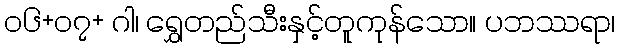
၀၆+၀၇+ ဂါ၊ ရွှေတည်သီးနှင့်တူကုန်သော။ ပဘဿရာ၊